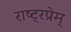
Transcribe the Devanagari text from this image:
राष्ट्रप्रेम्